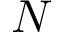
N